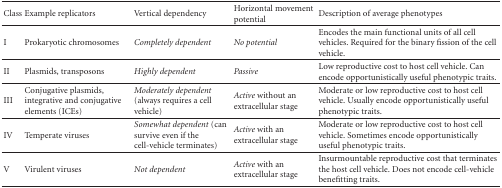
| Class | Example replicators | Vertical dependency | Horizontal movement potential | Description of average phenotypes |
 | --- | --- | --- | --- | --- |
 | I | Prokaryotic chromosomes | Completely dependent | No potential | Encodes the main functional units of all cell vehicles. Required for the binary fission of the cell vehicle. |
 | II | Plasmids, transposons | Highly dependent | Passive | Low reproductive cost to host cell vehicle. Can encode opportunistically useful phenotypic traits. |
 | III | Conjugative plasmids, integrative and conjugative elements (ICEs) | Moderately dependent (always requires a cell vehicle) | Active without an extracellular stage | Moderate or low reproductive cost to host cell vehicle. Usually encode opportunistically useful phenotypic traits. |
 | IV | Temperate viruses | Somewhat dependent (can survive even if the cell-vehicle terminates) | Active with an extracellular stage | Moderate or low reproductive cost to host cell vehicle. Sometimes encode opportunistically useful phenotypic traits. |
 | V | Virulent viruses | Not dependent | Active with an extracellular stage | Insurmountable reproductive cost that terminates the host cell vehicle. Does not encode cell-vehicle benefitting traits. |